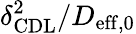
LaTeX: \delta_{\mathrm{{CDL}}}^{2}/D_{\mathrm{{eff},0}}